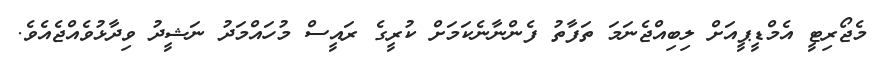
މެޖޯރިޓީ އެމްޑީޕީއަށް ލިބިއްޖެނަމަ ތަފާތު ފެންނާނެކަމަށް ކުރީގެ ރައީސް މުހައްމަދު ނަޝީދު ވިދާޅުވެއްޖެއެވެ.